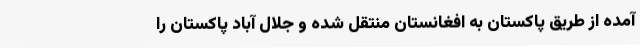
آمده از طریق پاکستان به افغانستان منتقل شده و جلال آباد پاکستان را